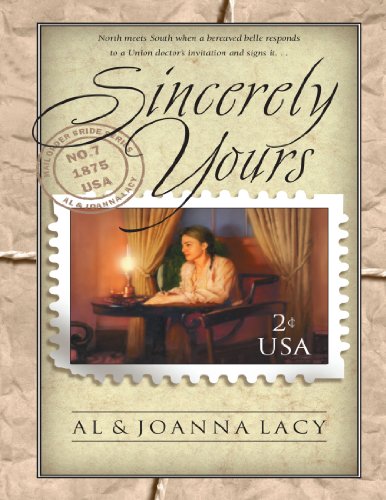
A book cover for Sincerely Yours (Mail Order Bride Series #7); Al & Joanna Lacy; Religion & Spirituality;